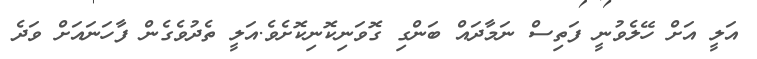
އަލީ އަށް ހޭލެވުނީ ފަތިސް ނަމާދައް ބަންގި ގޮވަނިކޮނިކޮށެވެ.އަލީ ތެދުވެގެން ފާހަނައަށް ވަދެ